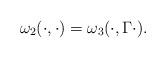
LaTeX: \begin{align*}\omega_2(\cdot,\cdot) = \omega_3(\cdot,\Gamma\cdot) .\end{align*}